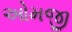
ઓમજી